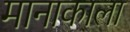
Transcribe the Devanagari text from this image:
मानाकाला